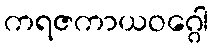
ကရဇကာယဝဂ္ဂေါ